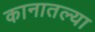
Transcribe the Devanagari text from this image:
कानातल्या